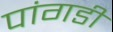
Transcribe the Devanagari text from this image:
पांगडी